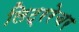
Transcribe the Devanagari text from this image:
लिट्ररेचर